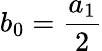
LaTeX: b_{0}=\frac{a_{1}}{2}